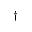
{ \dag }